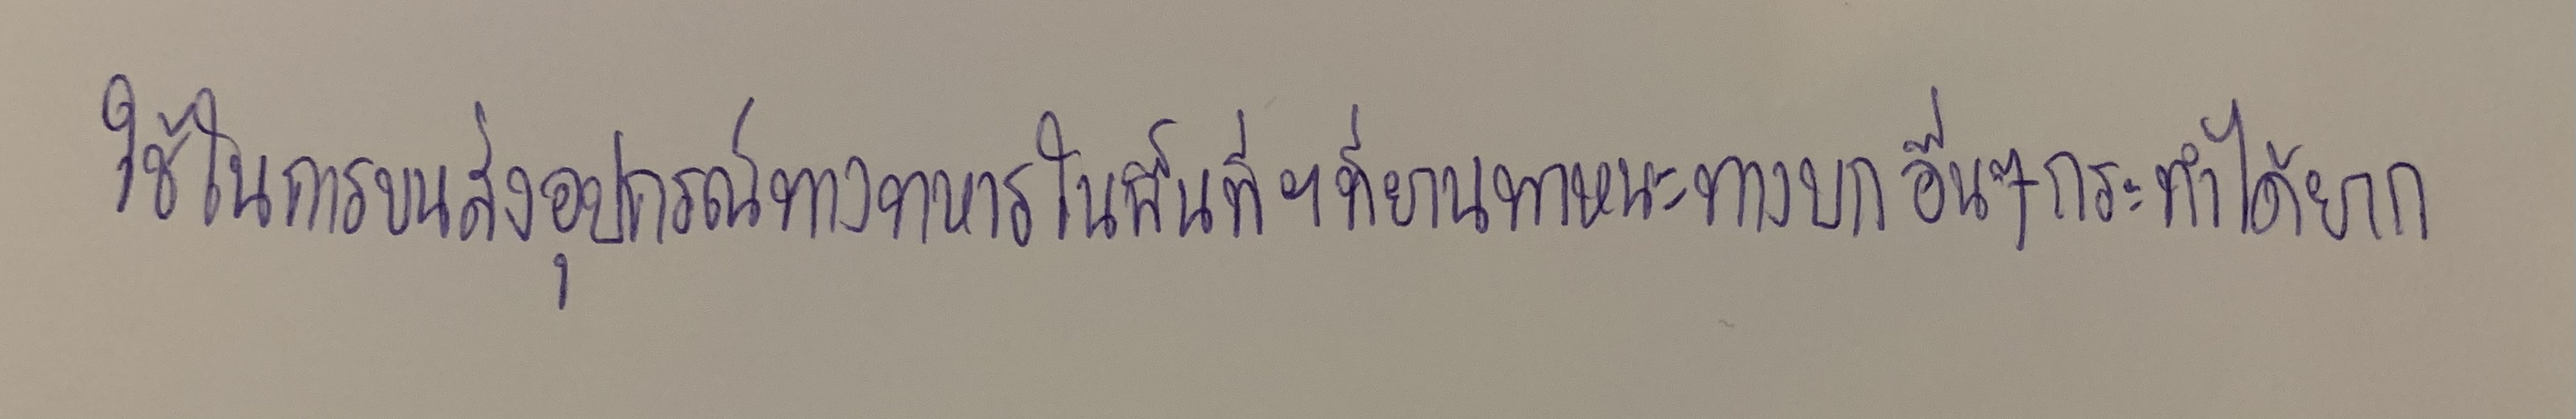
ใช้ในการขนส่งอุปกรณ์ทางทหารในพื้นที่ฯที่ยานพาหนะทางบกอื่นๆกระทำได้ยาก